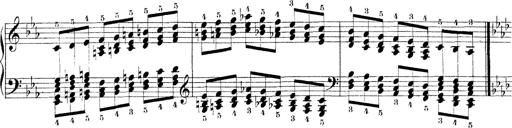
Title: Technische Studien
Composer: Franz Liszt